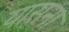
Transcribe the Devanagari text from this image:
यासना